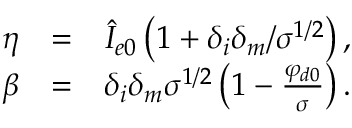
\begin{array} { r l r } { { \normalcolor \eta } } & { { \normalcolor = } } & { { \normalcolor \hat { I } _ { e 0 } \left( 1 + \delta _ { i } \delta _ { m } / \sigma ^ { 1 / 2 } \right) , } } \\ { { \normalcolor \beta } } & { { \normalcolor = } } & { { \normalcolor \delta _ { i } \delta _ { m } \sigma ^ { 1 / 2 } \left( 1 - \frac { \varphi _ { d 0 } } { \sigma } \right) . } } \end{array}